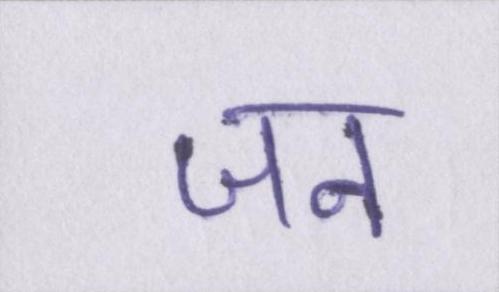
जन